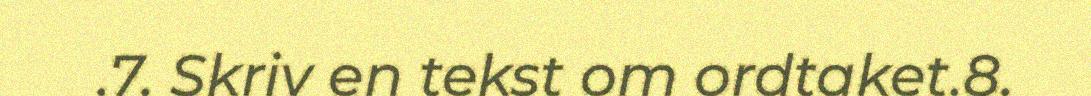
.7. Skriv en tekst om ordtaket.8.